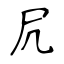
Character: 凥